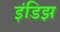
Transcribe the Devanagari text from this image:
इंडिझ